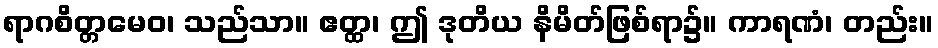
ရာဂစိတ္တမေဝ၊ သည်သာ။ ဧတ္ထ၊ ဤ ဒုတိယ နိမိတ်ဖြစ်ရာ၌။ ကာရဏံ၊ တည်း။